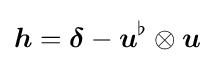
{\boldsymbol {h}}={\boldsymbol {\delta }}-{\boldsymbol {u}}^{\flat }\otimes {\boldsymbol {u}}